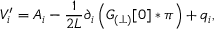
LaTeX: V _ { i } ^ { \prime } = { A } _ { i } - \frac { 1 } { 2 L } \partial _ { i } \left( { \cal G } _ { ( \perp ) } [ 0 ] \ast \pi \right) + q _ { i } ,